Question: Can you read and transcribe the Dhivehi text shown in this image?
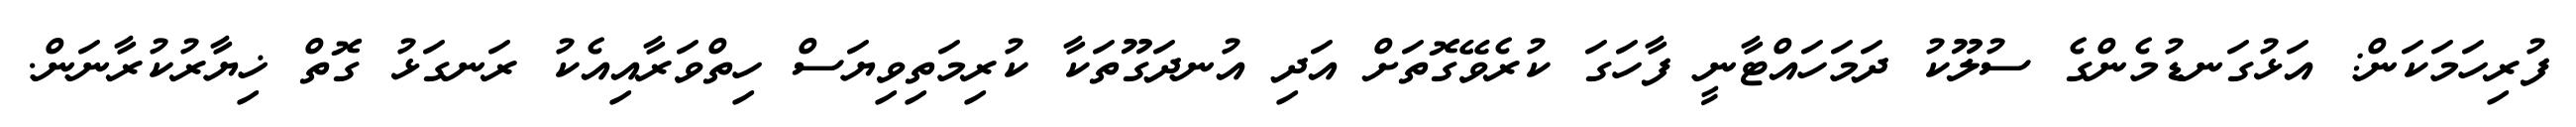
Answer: ފުރިހަމަކަން: އަޅުގަނޑުމެންގެ ސުލޫކު ދަމަހައްޓާނީ ފާހަގަ ކުރެވޭގޮތަށް އަދި އުނދަގޫތަކާ ކުރިމަތިވިޔަސް ހިތްވަރާއިއެކު ރަނގަޅު ގޮތް ޚިޔާރުކުރާނަން.